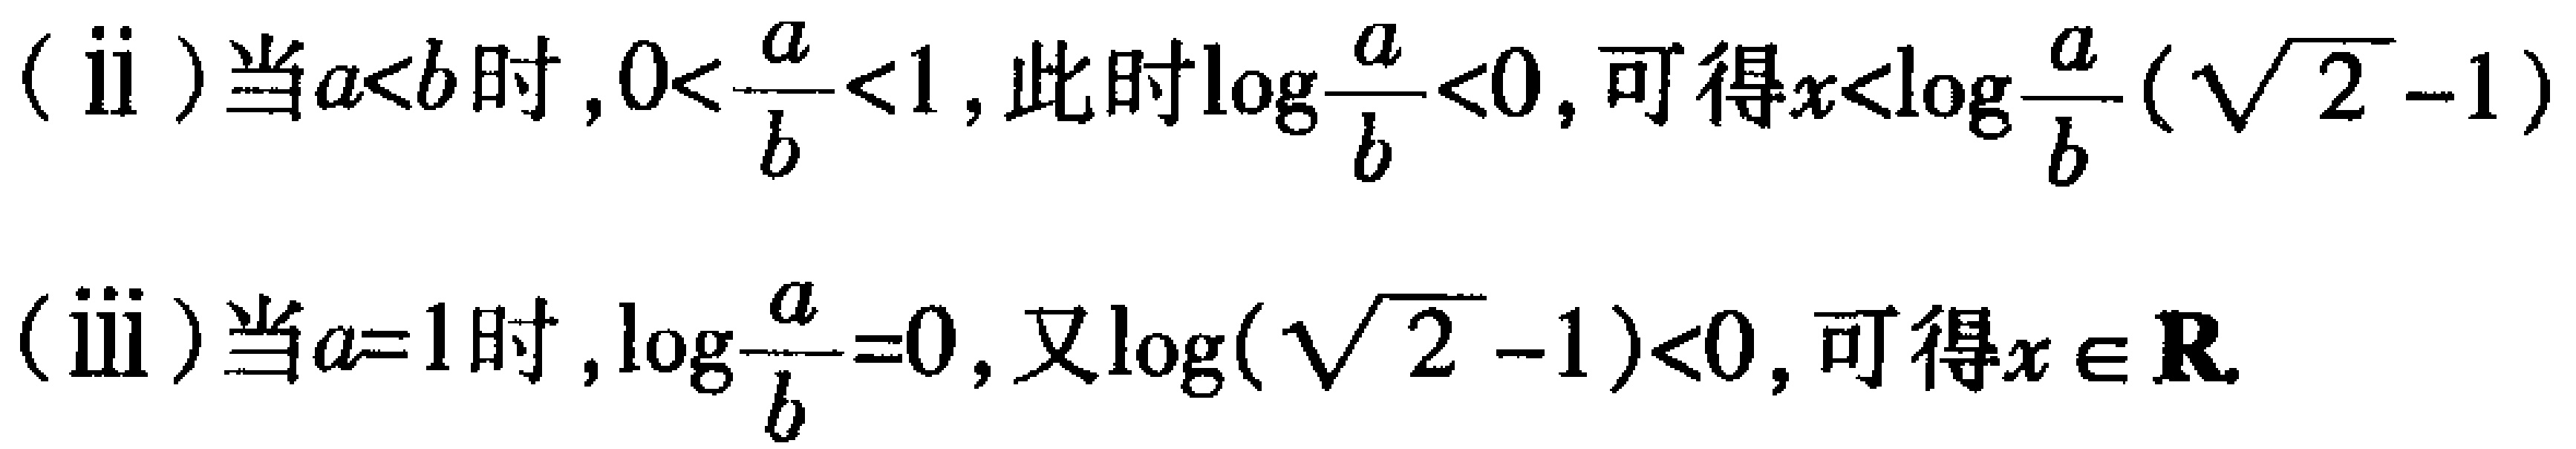
(ii) 当\(a < b\)时，\(0 < \frac{a}{b} < 1\)，此时\(\log_{\frac{a}{b}} < 0\)，可得\(x < \log_{\frac{a}{b}}(\sqrt{2} - 1)\)

(iii) 当\(a = 1\)时，\(\log_{\frac{a}{b}} = 0\)，又\(\log(\sqrt{2} - 1) < 0\)，可得\(x \in \mathbf{R}\)